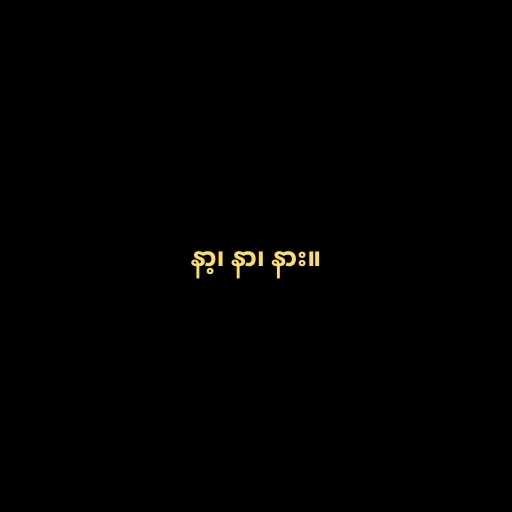
နာ့၊ နာ၊ နား။